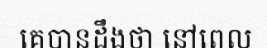
គេបានដឹងថា នៅពេល